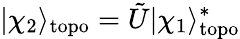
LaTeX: |\chi_{2}\rangle_{\mathrm{topo}}=\tilde{U}|\chi_{1}\rangle_{\mathrm{topo}}^{*}